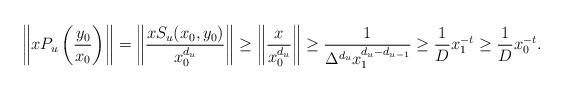
LaTeX: \begin{align*} \left\Vert xP_{u}\left(\frac{y_{0}}{x_{0}}\right)\right\Vert = \left\Vert \frac{xS_{u}(x_{0},y_{0})}{x_{0}^{d_{u}}} \right\Vert\geq \left\Vert \frac{x}{x_{0}^{d_{u}}} \right\Vert\geq \frac{1}{\Delta^{d_{u}}x_{1}^{d_{u}-d_{u-1}}}\geq \frac{1}{D}x_{1}^{-t}\geq \frac{1}{D}x_{0}^{-t}.\end{align*}